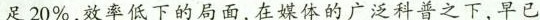
足20%，效率低下的局面，在媒体的广泛科普之下，早已